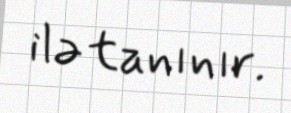
ilə tanınır.